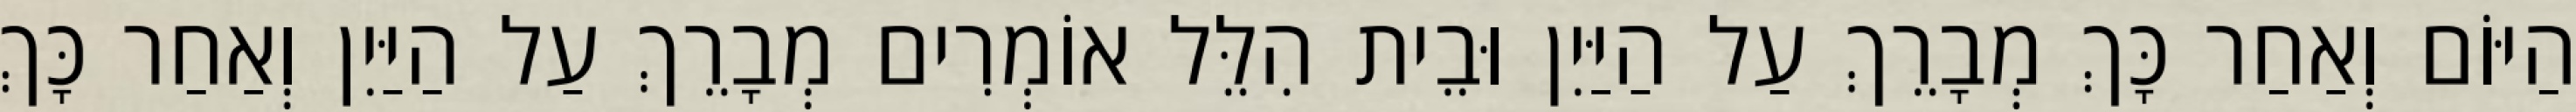
הַיּוֹם וְאַחַר כָּךְ מְבָרֵךְ עַל הַיַּיִן וּבֵית הִלֵּל אוֹמְרִים מְבָרֵךְ עַל הַיַּיִן וְאַחַר כָּךְ